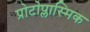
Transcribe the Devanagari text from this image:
प्रोटोप्लास्मिक